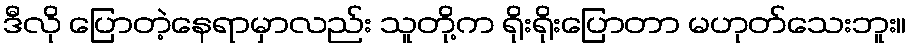
ဒီလို ပြောတဲ့နေရာမှာလည်း သူတို့က ရိုးရိုးပြောတာ မဟုတ်သေးဘူး။